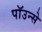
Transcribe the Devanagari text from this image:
पाॅउन्से